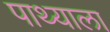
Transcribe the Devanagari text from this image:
पाथ्याला